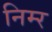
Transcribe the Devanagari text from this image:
निम्‍र